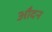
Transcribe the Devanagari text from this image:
औदन